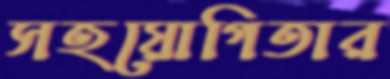
সহয়োগিতার